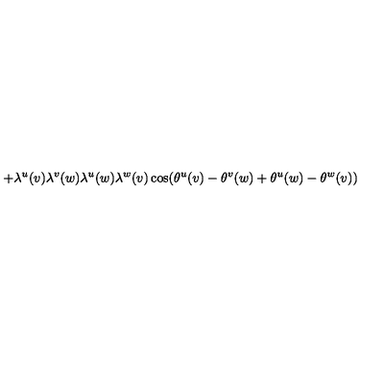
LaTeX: \qquad \qquad \qquad + \lambda ^ { u } ( v ) \lambda ^ { v } ( w ) \lambda ^ { u } ( w ) \lambda ^ { w } ( v ) \cos ( \theta ^ { u } ( v ) - \theta ^ { v } ( w ) + \theta ^ { u } ( w ) - \theta ^ { w } ( v ) )